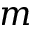
m